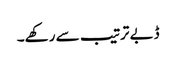
ڈبے ترتیب سے رکھے۔